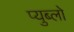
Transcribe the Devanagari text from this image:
प्युब्लो